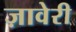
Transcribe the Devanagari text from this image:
ज़ावेरी